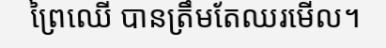
ព្រៃឈើ បានត្រឹមតែឈរមើល។